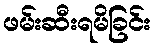
ဖမ်းဆီးရမိခြင်း